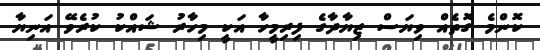
ކޮންމެ ގޮތެއް ވިޔަސް ޒިޔާދާގެ ފިރިމީހާ އަކީ މިހާރު ޝައްކު ކުރެވޭ އަނިޔާ